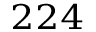
^ { 2 2 4 }